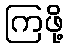
ကြဖို့